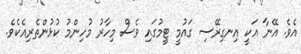
އެވެ. އޭނާ އަކީ އިނގިރޭސި ގައުމީ ޓީމުގައި ވެސް މިހާރު މުހިންމު ކުޅުންތެރިއެކެވެ.